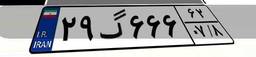
۲۹گ۶۶۶۶۲